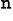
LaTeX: ^\mathtt{n}